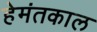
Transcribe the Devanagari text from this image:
हेमंतकाल